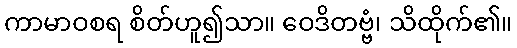
ကာမာဝစရ စိတ်ဟူ၍သာ။ ဝေဒိတဗ္ဗံ၊ သိထိုက်၏။